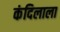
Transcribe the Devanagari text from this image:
कंदिलाला